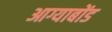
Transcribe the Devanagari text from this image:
आग्याबोंड